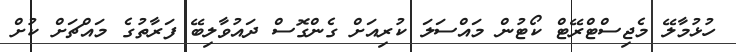
ހުޅުމާލޭ މެޖިސްޓްރޭޓް ކޯޓުން މައްސަލަ ކުރިއަށް ގެންގޮސް ދައުވާލިބޭ ފަރާތުގެ މައްޗަށް ކުށް